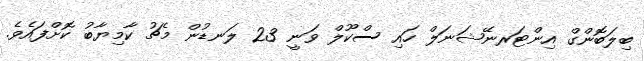
ބިލަބޮންގް އިންޓަރނޭޝަނަލް ހައި ސްކޫލް ވަނީ 23 ލަނޑުން މެޗު ކާމިޔާބު ކޮށްފައެވެ.